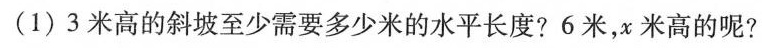
(1)3米高的斜坡至少需要多少米的水平长度?6米，x米高的呢?